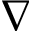
\nabla